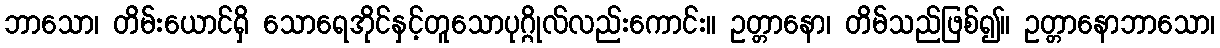
ဘာသော၊ တိမ်းယောင်ရှိ သောရေအိုင်နှင့်တူသောပုဂ္ဂိုလ်လည်းကောင်း။ ဥတ္တာနော၊ တိမ်သည်ဖြစ်၍။ ဥတ္တာနောဘာသော၊